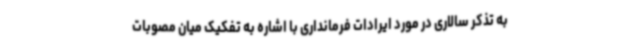
به تذکر سالاری در مورد ایرادات فرمانداری با اشاره به تفکیک میان مصوبات